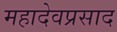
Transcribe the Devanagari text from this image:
महादेवप्रसाद